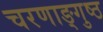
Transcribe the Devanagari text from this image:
चरणाङ्गुष्ठ